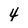
Character: 4